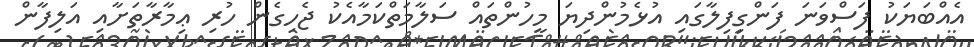
އެއްބަޔަކު ފަސްވަނަ ފަންގިފިލާގައި އުޅެމުންދިޔަ މީހުންތައް ސަލާމަތްކަމާއެކު ޖެހިގެން ހުރި ޢިމާރާތަށާއި އަލިފާން